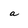
Character: a